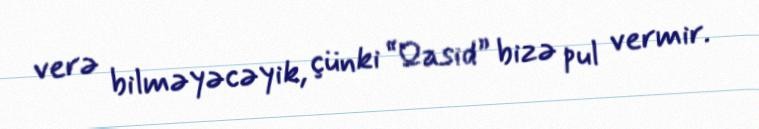
verə bilməyəcəyik, çünki “Qasid” bizə pul vermir.